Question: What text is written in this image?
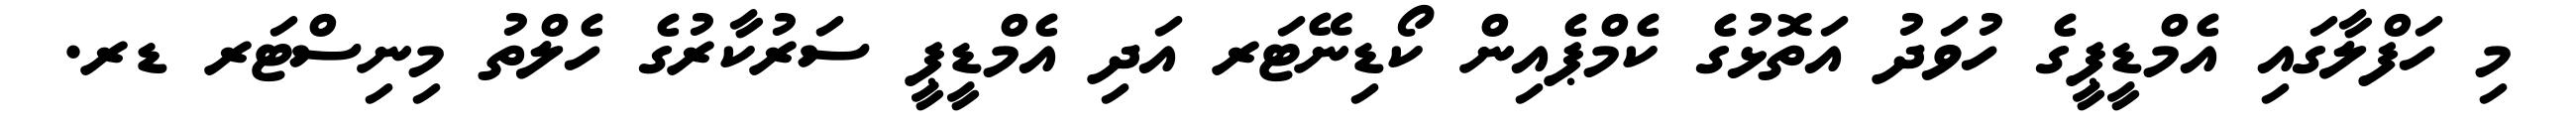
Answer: މި ހަފްލާގައި އެމްޑީޕީގެ ހުވަދު އަތޮޅުގެ ކެމްޕެއިން ކޯޑިނޭޓަރ އަދި އެމްޑީޕީ ސަރުކާރުގެ ހެލްތު މިނިސްޓަރ ޑރ.